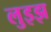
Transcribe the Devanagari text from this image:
लुइझ